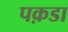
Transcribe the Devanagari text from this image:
पक़डा